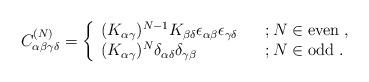
LaTeX: \begin{align*}C^{(N)}_{\alpha\beta\gamma\delta}=\left\{\begin{array}{ll}(K_{\alpha\gamma})^{N-1}K_{\beta\delta}\epsilon_{\alpha\beta}\epsilon_{\gamma\delta}\;\;\;&;N\in\mbox{even}\;,\\(K_{\alpha\gamma})^{N}\delta_{\alpha\delta}\delta_{\gamma\beta}\;\;\;&;N\in\mbox{odd}\;.\end{array}\right. \end{align*}